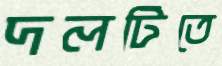
দলটিতে